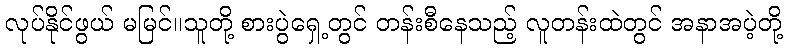
လုပ်နိုင်ဖွယ် မမြင်။သူတို့ စားပွဲရှေ့တွင် တန်းစီနေသည့် လူတန်းထဲတွင် အနာအပဲ့တို့